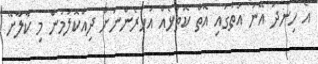
އެ ހިނދު އޭނަ އަތުގައި އޮތް ކޮތަޅެއް އަހަރެންނަށް ދިއްކޮލަމުން މި ކާލާށޭ